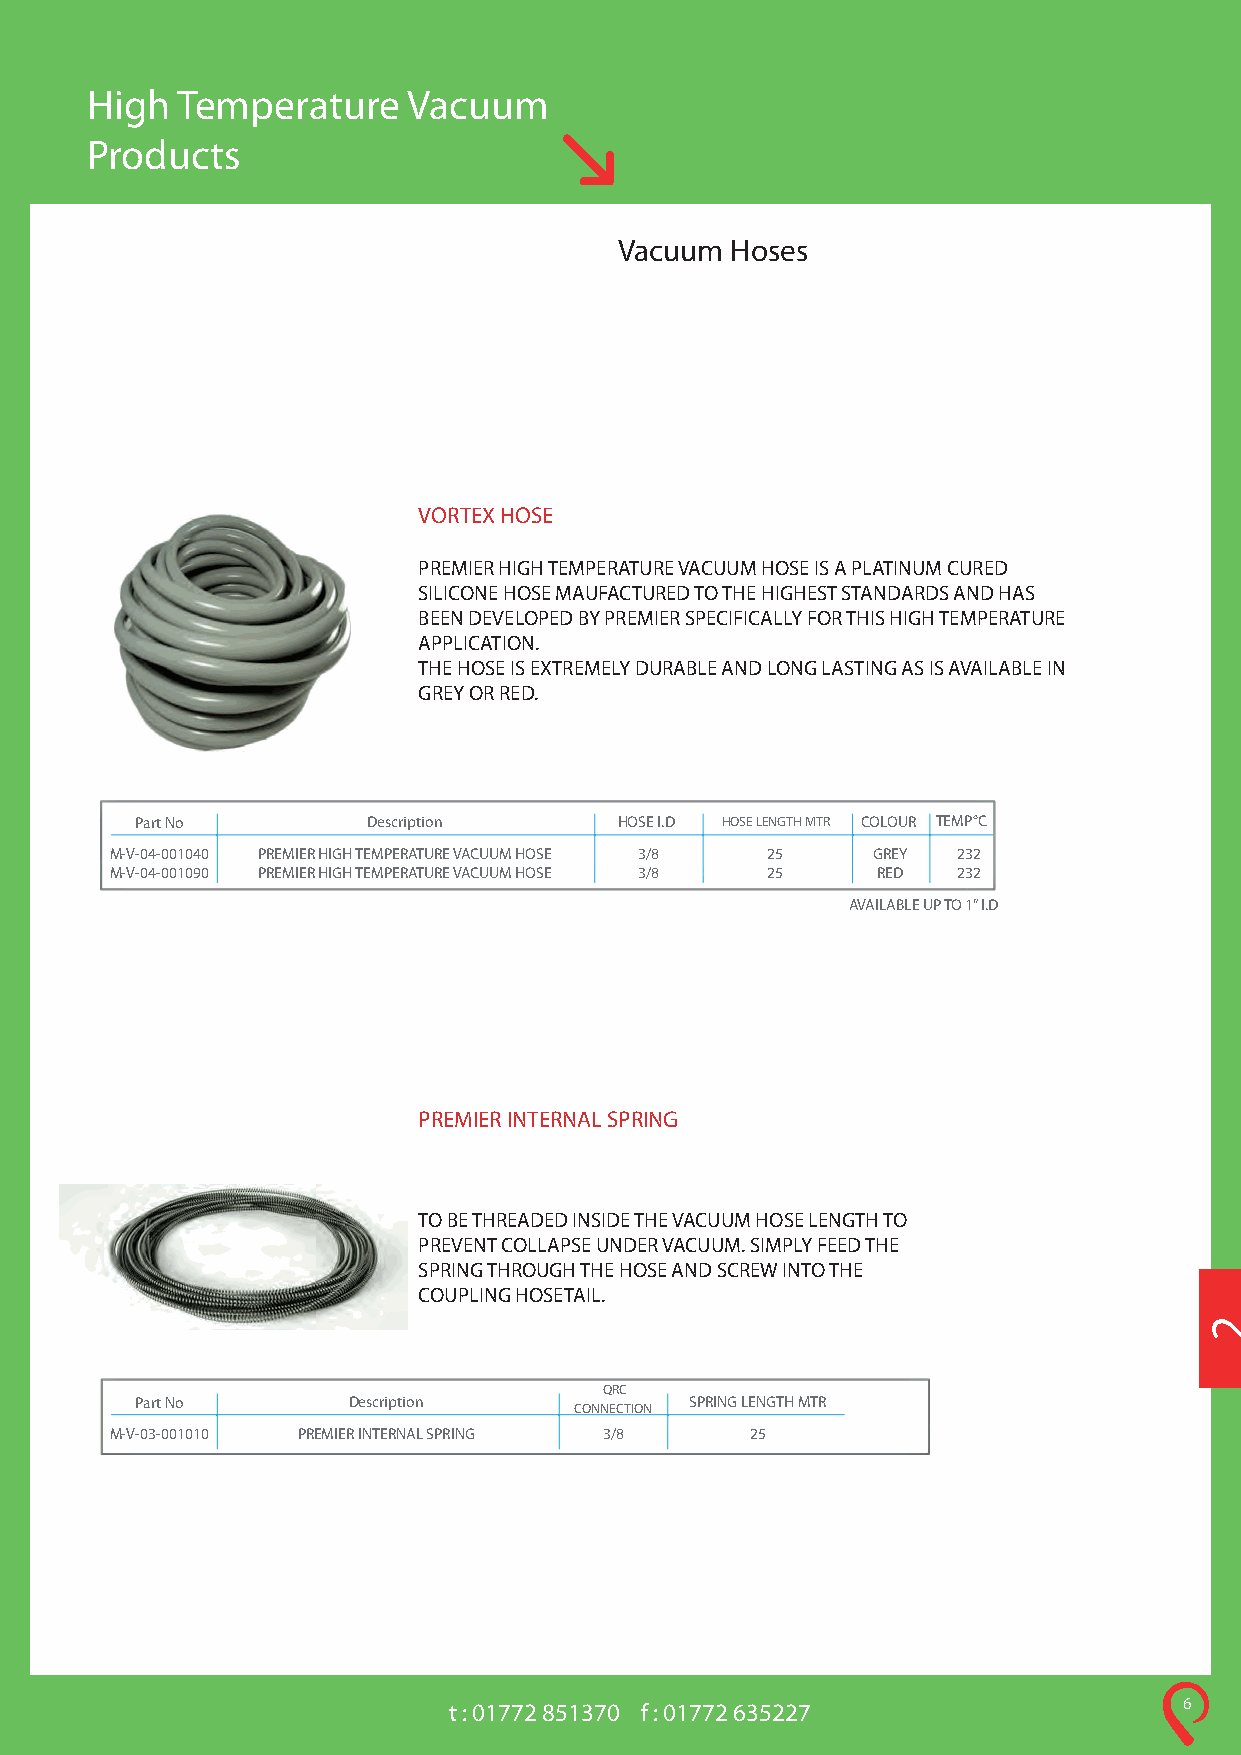
High  Temperature    Vacuum
 Products
 Vacuum Hoses
 VORTEX HOSE
 PREMIER HIGH TEMPERATURE VACUUM HOSE IS A PLATINUM CURED
 SILICONE HOSE MAUFACTURED TO THE HIGHEST STANDARDS AND HAS
 BEEN DEVELOPED BY PREMIER SPECIFICALLY FOR THIS HIGH TEMPERATURE
 APPLICATION.
 THE HOSE IS EXTREMELY DURABLE AND LONG LASTING AS IS AVAILABLE IN
 GREY OR RED.
 Part No        Description      HOSE I.D HOSE LENGTH MTR COLOUR TEMP°C
 M-V-04-001040 PREMIER HIGH TEMPERATURE VACUUM HOSE 3/8 25 GREY 232
 M-V-04-001090 PREMIER HIGH TEMPERATURE VACUUM HOSE 3/8 25 RED 232
 AVAILABLE UP TO 1” I.D
 PREMIER INTERNAL SPRING
 TO BE THREADED INSIDE THE VACUUM HOSE LENGTH TO
 PREVENT COLLAPSE UNDER VACUUM. SIMPLY FEED THE
 SPRING THROUGH THE HOSE AND SCREW INTO THE
 COUPLING HOSETAIL.
 QRC
 Part No       Description
 CONNECTION
 SPRING LENGTH MTR
 M-V-03-001010 PREMIER INTERNAL SPRING 3/8  25
 t : 01772 851370 f : 01772 635227               6
 2